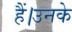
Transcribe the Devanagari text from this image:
हैं।उनके